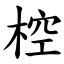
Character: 椌